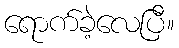
ရောက်ခဲ့လေပြီ။